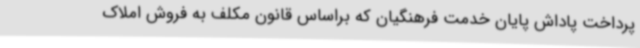
پرداخت پاداش پایان خدمت فرهنگیان که براساس قانون مکلف به فروش املاک